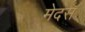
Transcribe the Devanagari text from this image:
मेदस